King Institute of Preventive Medicine Micro-Biological Section reports 1909-11
Year: 1909
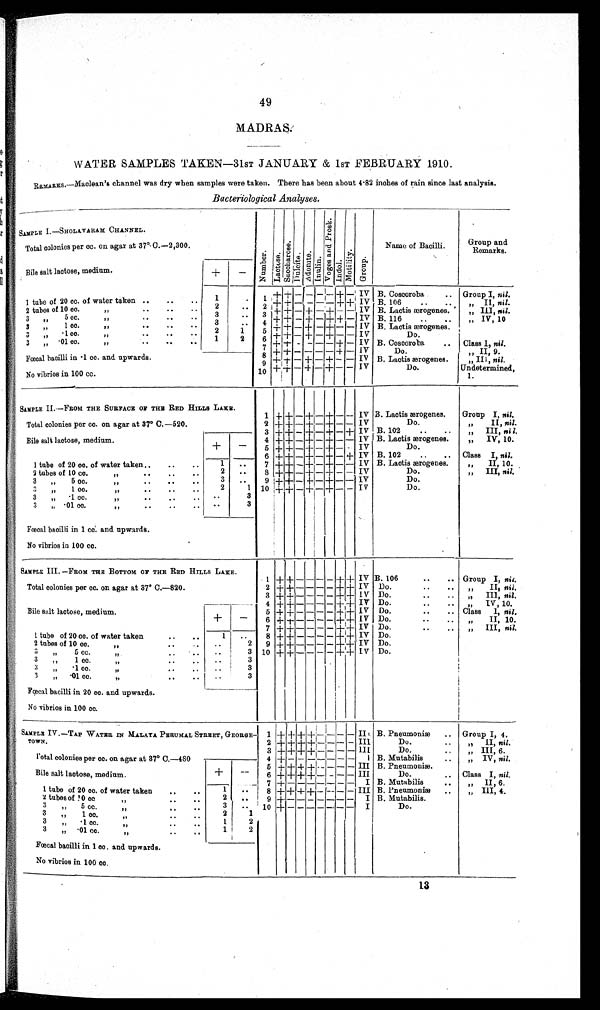
49
MADRAS.
WATER SAMPLES TAKEN—31ST JANUARY & 1ST FEBRUARY 1910.
REMARKS.—Maclean's channel was dry when samples wore taken. There has been about 4·82 inches of rain since last analysis.
Bacteriological Analyses.
SAMPLE I.—SHOLAVARAM CHANNEL.
+
–
Number.Lactose.Sacchar os e. Dulcite.Adoni t e.Inulin.
V o g e s a n d P r o s k . Indol.Motility.Group.Name of Bacilli
G r o u p a n d R e m a r k s .
Total colonies per cc. on agar at 37°C.—2,300.
Bile salt lactose, medium.
1 t u b e o f 2 0 c c . o f w a t e r t a k e n
1
1 + + – – – – + – IV B. Coscoroba
Group I, nil.
2 tubes of 10 cc. „
2
2
+ + – – – – + + IV B. 106
„ II, nil.
3 „ 5 cc. „
3
3 + + – + – + – –
IV
B. Lactis ærogenes.
„ III
nil.
3 „ 1 cc. „
3
4 + + – + – + + –
I V
B. 116
„ IV, 10
3 „ ·1cc. „
2
1
5 + + – + – + – – IV B. Laotis ærogenes.
3 „ ·01 cc. „
1
2
6 + + – + – + – – IV
Do.
7 + + – – – – + –
I V
B. Coscor oba Class I, ni l .
Fœcal bacilli in ·1 cc. and. upwards.
8 + + – – – – + – IV
Do.
„ II, 9.
9 + + – + – + – –
I V
B. Lactis ærogenes.
„ III, nil.
No vibrios in 100 cc.
10
+
+
– +
–
+
–
–
I V
Do.
Undetermined,
1 .
SAMPLE II.—FROM THE SURFACE OF THE RED HILLS LAKE.
1 + + – + – + – –
I V
B. Lactis ærogenes.
Group I, nill.
Total colonies per cc. on agar at 37° C.—520.
2 + + – + – + – – IV Do.
„ II, nill.
3 + + – + – + – + IV
B. 120
,, III, nil.
4 + + – + – + – – IV B. Lactis ærogenes.
„ IV, 10.
Bile salt lactose, medium.
+
–
5 + + – + – + – – IV Do.
6 + + – + – + – + IV
B. 102
Class I, nil.
1 tube of 20 cc. of water taken
1
7 + + – + – + – – IV B. Lactis ærogenes. „ II, 10.
2 tubes of 10 cc. „
2
8 + + – + – + – – IV Do.
„ III, nil.
3 „ 5 cc. „
3
9 + + – + – + – – IV
Do.
3 „ 1 cc. „
2
1
1 0 + +
– + – +
– – IV
Do.
3 „ ·1 cc. „
3
3 „ ·01 cc. „
3
Fœcal bacilli in 1 cc. and upwards.
No vibrios in 100 cc.
SAMPLE III.—FROM THE BOTTOM OF THE RED HILLS LAKE.
1 + + – – – – + +
I V
B. 106
Group I, nil.
Total colonies per cc. on agar at 37° C.—820.
2 + + – – – – + + IV
Do.
„ II, nil.
3 + + – – – – + + IV Do.
„ III, nil.
4 + + – – – – + + IV Do.
„ IV, 10.
5 + + – – – – + + IV Do.
Class 1, nil.
Bile salt lactose, medium.
6 + + – – – – + + IV Do.
„ II, 10.
+
–
7 + + – – – – + + IV Do.
„ III, nil.
1 tube of 20 cc. of water taken
1
8 + + – – – – + + IV Do.
2 tubes of 10 cc. ,,
2
9 + + – – – – + + IV Do.
3 ,, 5 cc. ,,
3
1 0 + + – – – – + + IV Do.
3 ,, 1 cc. ,,
3
3 ,, .1 cc. ,,
3
3 , , . 0 1 c c . , ,
3
Fœcal bacilli in 20 cc. and upwards.
No vibrios in 100 cc.
SAMPLE IV. —TAP WATER IN MALAYA PERUMAL STREET, GEORGETOWN.
1 + + + + – – – –
I I B. Pneumoniæ
Group I, 4.
2 + + + + – – – –
I I I
Do.
„ II, nil.
3 + + + + – – – –
I I I
Do.
„ III, 6.
Total colonies per cc. on agar at 37° C.—480
4 + – – – – – – –
I B. Mutabilis
„ IV, nil.
5 + + + + – – – –
I I I B. pneumoniæ.
Bile salt lactose, medium.
+
–
6 + + + + – – – –
I I I
Do.
Class I, nil.
7 + – – – – – – –
I B. Mutabilis
„ II, 6.
1 tube of 20 cc. of water taken
1
8 + + + + – – – –
I I I
B. Pneumoni æ
„ I I I , 4.
2 tubes of 10 cc. ,,
2
9 + – – – – – – –
I B. Mutabilis.
3 ,, 5 cc. ,,
3
1 0 + – – – – – – –
I
Do.
3 ,, 1 cc. ,,
2
1
3 ,, .1 cc. ,,
1
2
3 ,, .01 cc. ,,
1
2
Fœcal bacilli in 1 cc. and upwards.
No vibrios in 100 cc.
1 3